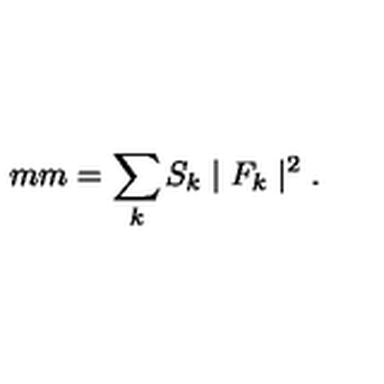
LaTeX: \hspace { 5 m m } = \sum _ { k } S _ { k } \mid { F _ { k } } \mid ^ { 2 } .